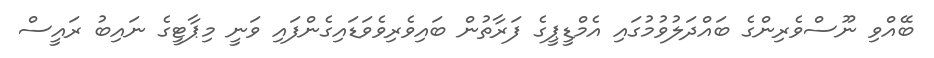
ބޭއްވި ނޫސްވެރިންގެ ބައްދަލުވުމުގައި އެމްޑީޕީގެ ފަރާތުން ބައިވެރިވެވަޑައިގެންފައި ވަނީ މިޕާޓީގެ ނައިބު ރައީސް